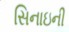
સિનાઇની